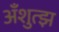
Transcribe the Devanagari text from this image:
अँशुत्झ